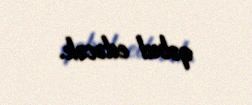
qəbul edəcək.